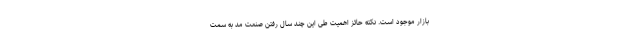
بازار موجود است. نکته حائز اهمیت طی این چند سال رفتن صنعت مد به سمت